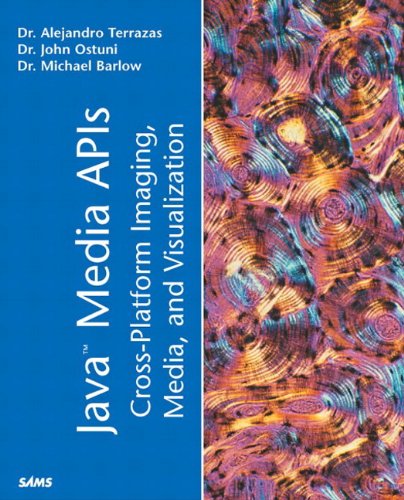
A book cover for Java Media APIs: Cross-Platform Imaging, Media and Visualization; Alejandro Terrazas; Computers & Technology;